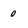
Character: 0